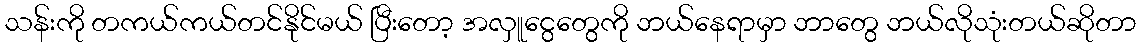
သန်းကို တကယ်ကယ်တင်နိုင်မယ် ပြီးတော့ အလှူငွေတွေကို ဘယ်နေရာမှာ ဘာတွေ ဘယ်လိုသုံးတယ်ဆိုတာ